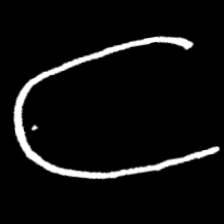
Pyu character \u2014 Myanmar letter: ဋ (romanized: tta)